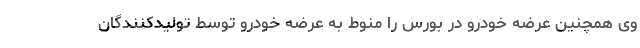
وی همچنین عرضه خودرو در بورس را منوط به عرضه خودرو توسط تولیدکنندگان